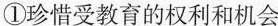
①珍惜受教育的权利和机会